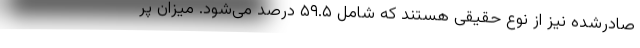
صادرشده نیز از نوع حقیقی هستند که شامل ۵۹.۵ درصد می‌شود. میزان پر